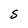
Character: S